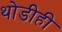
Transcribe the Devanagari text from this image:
थोडीही